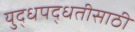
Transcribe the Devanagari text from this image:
युद्धपद्धतीसाठी